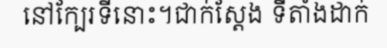
នៅក្បែរទីនោះ។ជាក់ស្តែង ទីតាំងដាក់